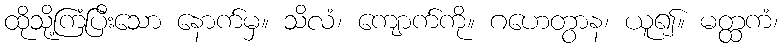
ထိုသို့ကြံပြီးသော နောက်မှ။ သိလံ၊ ကျောက်ကို။ ဂဟေတွာန၊ ယူ၍။ မတ္ထကံ၊